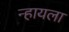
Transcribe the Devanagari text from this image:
न्हायला